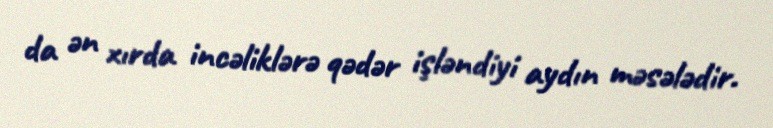
da ən xırda incəliklərə qədər işləndiyi aydın məsələdir.